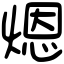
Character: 煾